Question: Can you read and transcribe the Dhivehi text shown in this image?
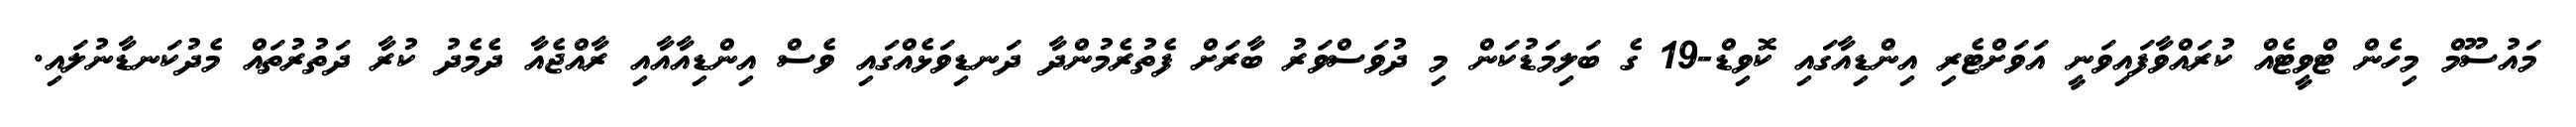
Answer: މައުސޫމް މިހެން ޓްވީޓެއް ކުރައްވާފައިވަނީ އަވަށްޓެރި އިންޑިއާގައި ކޮވިޑް-19 ގެ ބަލިމަޑުކަން މި ދުވަސްވަރު ބާރަށް ފެތުރެމުންދާ ދަނޑިވަޅެއްގައި ވެސް އިންޑިއާއާއި ރާއްޖެއާ ދެމެދު ކުރާ ދަތުރުތައް މެދުކަނޑާނުލައި.